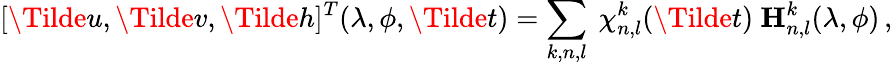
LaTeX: [\Tilde{u},\Tilde{v},\Tilde{h}]^{T}(\lambda,\phi,\Tilde{t})=\sum_{k,n,l}\ \chi_{n,l}^{k}(\Tilde{t})\ \textbf{H}_{n,l}^{k}(\lambda,\phi)\, ,